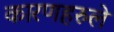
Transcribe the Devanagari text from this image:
कारणहरुले